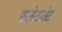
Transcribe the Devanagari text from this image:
फलेटजेट